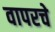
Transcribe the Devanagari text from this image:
वापरचे